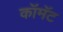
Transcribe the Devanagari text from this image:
कॉमॅट